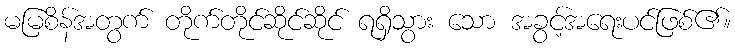
မမြစိန်အတွက် တိုက်တိုင်ဆိုင်ဆိုင် ရရှိသွား သော အခွင့်အရေးပင်ဖြစ်၏။